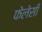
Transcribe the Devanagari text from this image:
फेलेसी